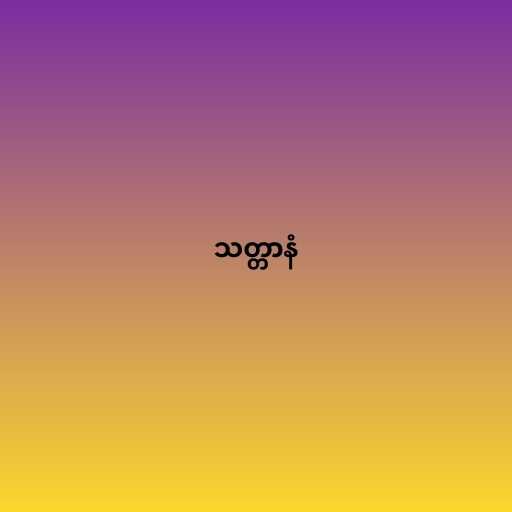
သတ္တာနံ